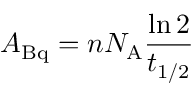
A _ { \mathrm { B q } } = n N _ { \mathrm { A } } { \frac { \ln 2 } { t _ { 1 / 2 } } }